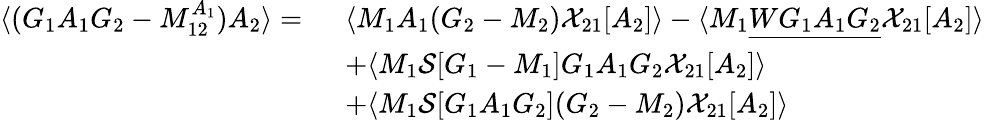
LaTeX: \begin{array}{rl}{\langle(G_{1}A_{1}G_{2}-M_{12}^{A_{1}})A_{2}\rangle=\ }&{\langle M_{1}A_{1}(G_{2}-M_{2}){\mathcal{X}}_{21}[A_{2}]\rangle-\langle M_{1}\underline{{WG_{1}A_{1}G_{2}}}{\mathcal{X}}_{21}[A_{2}]\rangle}\\ &{+\langle M_{1}\mathcal{S}[G_{1}-M_{1}]G_{1}A_{1}G_{2}{\mathcal{X}}_{21}[A_{2}]\rangle}\\ &{+\langle M_{1}\mathcal{S}[G_{1}A_{1}G_{2}](G_{2}-M_{2}){\mathcal{X}}_{21}[A_{2}]\rangle}\end{array}